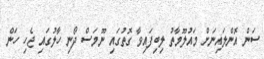
ސަން އޮންލައިނަށް މައުލޫމާތު ލިބިފައިވާ ގޮތުގައި ނޫމަސް ދޯނި ހާލުގައި ޖެހި ހަން